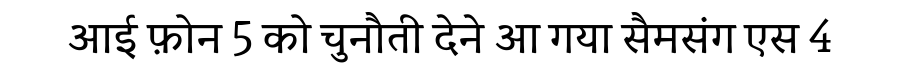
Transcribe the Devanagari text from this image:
आई फ़ोन 5 को चुनौती देने आ गया सैमसंग एस 4